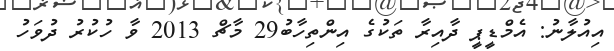
އިއުލާނު: އެމްޑީޕީ ދާއިރާ ތަކުގެ އިންތިހާބު29 މާޗް 2013 ވާ ހުކުރު ދުވަހު